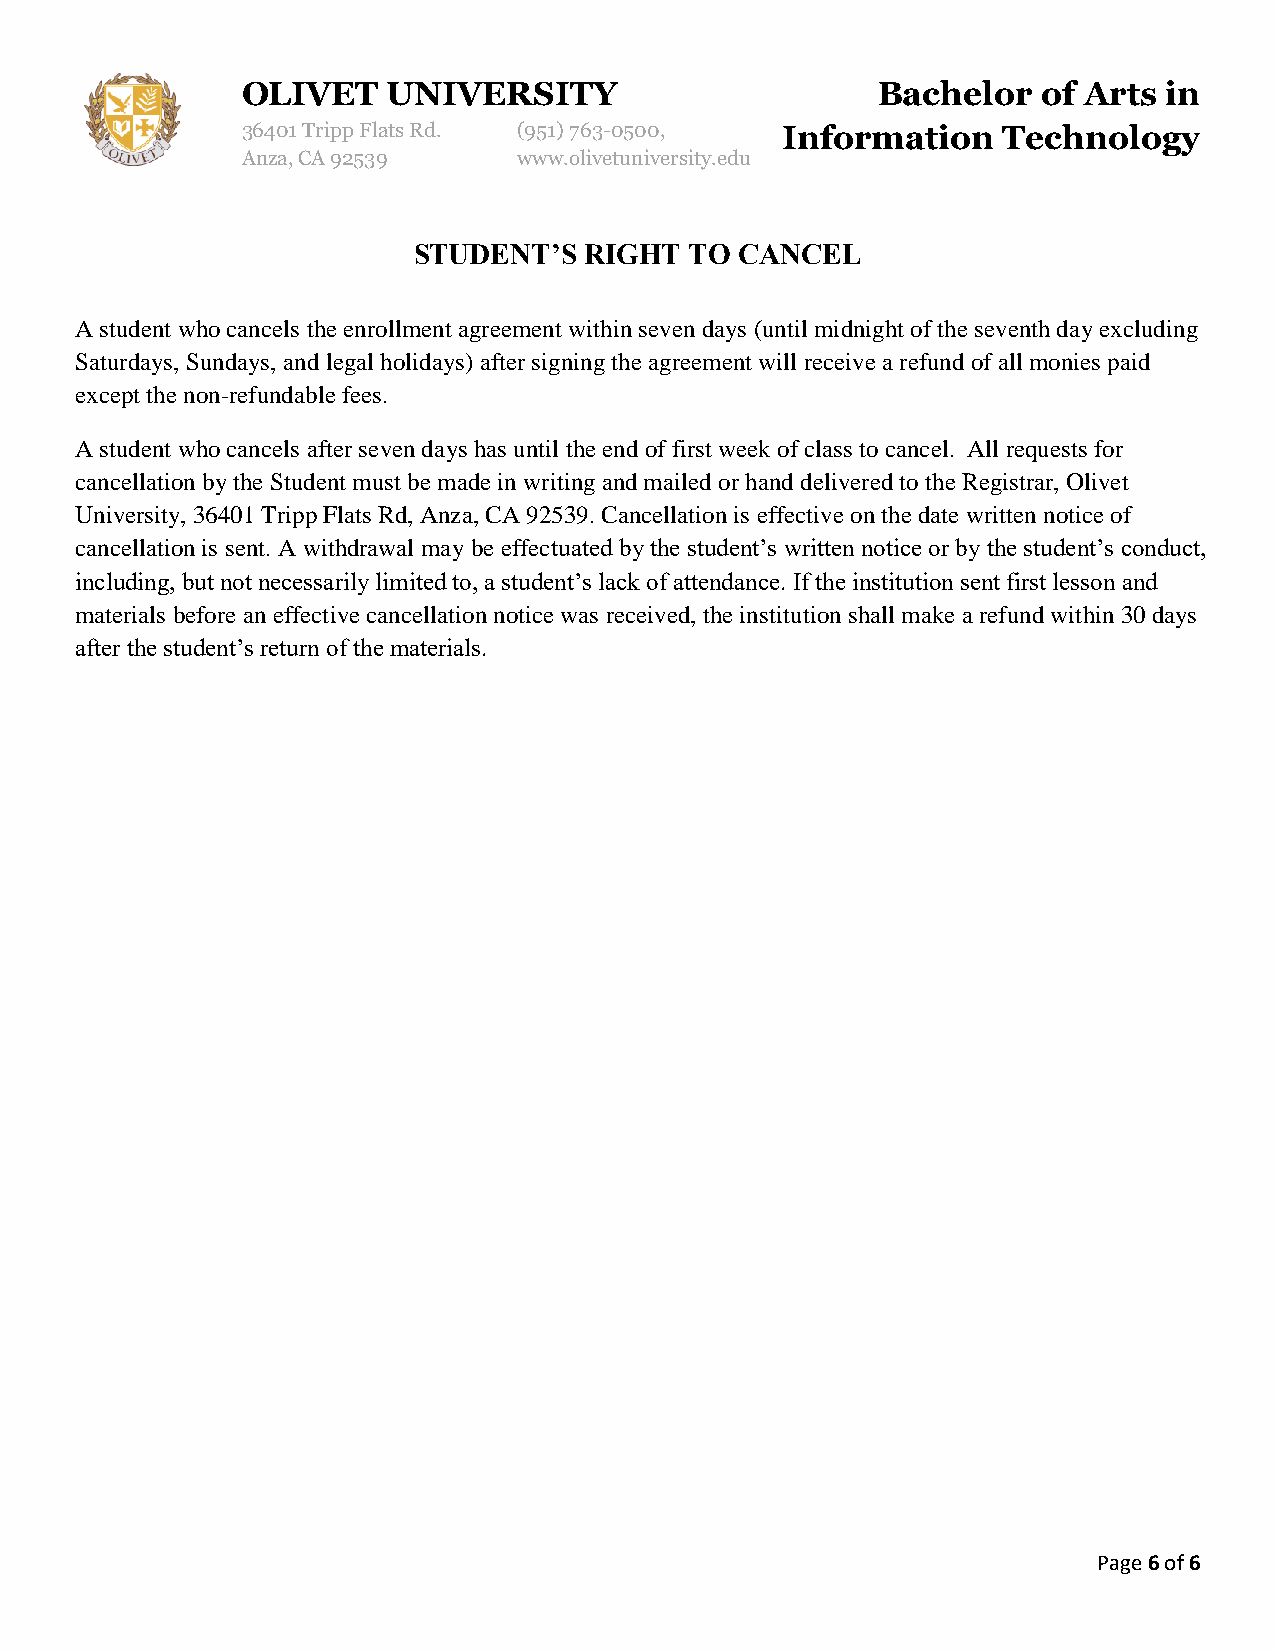
OLIVET    UNIVERSITY                      Bachelor   of Arts in
 36401 Tripp Flats Rd. (951) 763-0500, Information Technology
 Anza, CA 92539    www.olivetuniversity.edu
 STUDENT’S   RIGHT  TO CANCEL
 A student who cancels the enrollment agreement within seven days (until midnight of the seventh day excluding
 Saturdays, Sundays, and legal holidays) after signing the agreement will receive a refund of all monies paid
 except the non-refundable fees.
 A student who cancels after seven days has until the end of first week of class to cancel. All requests for
 cancellation by the Student must be made in writing and mailed or hand delivered to the Registrar, Olivet
 University, 36401 Tripp Flats Rd, Anza, CA 92539. Cancellation is effective on the date written notice of
 cancellation is sent. A withdrawal may be effectuated by the student’s written notice or by the student’s conduct,
 including, but not necessarily limited to, a student’s lack of attendance. If the institution sent first lesson and
 materials before an effective cancellation notice was received, the institution shall make a refund within 30 days
 after the student’s return of the materials.
 Page 6 of 6